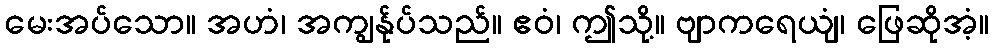
မေးအပ်သော။ အဟံ၊ အကျွန်ုပ်သည်။ ဧဝံ၊ ဤသို့။ ဗျာကရေယျံ၊ ဖြေဆိုအံ့။